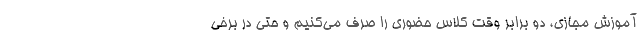
آموزش مجازی، دو برابر وقت کلاس حضوری را صرف می‌کنیم و حتی در برخی